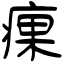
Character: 㾧